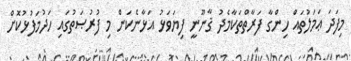
މިފަދަ ޢަމަލުތައް ހިންގާ ފަރާތްތަކާމެދު ޤާނޫނީ ފިޔަވަޅު އަޅާނެކަން މި ފުރުޞަތުގައި ހަދުމަފުޅުކޮށް